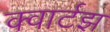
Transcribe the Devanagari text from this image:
क्वार्टझ